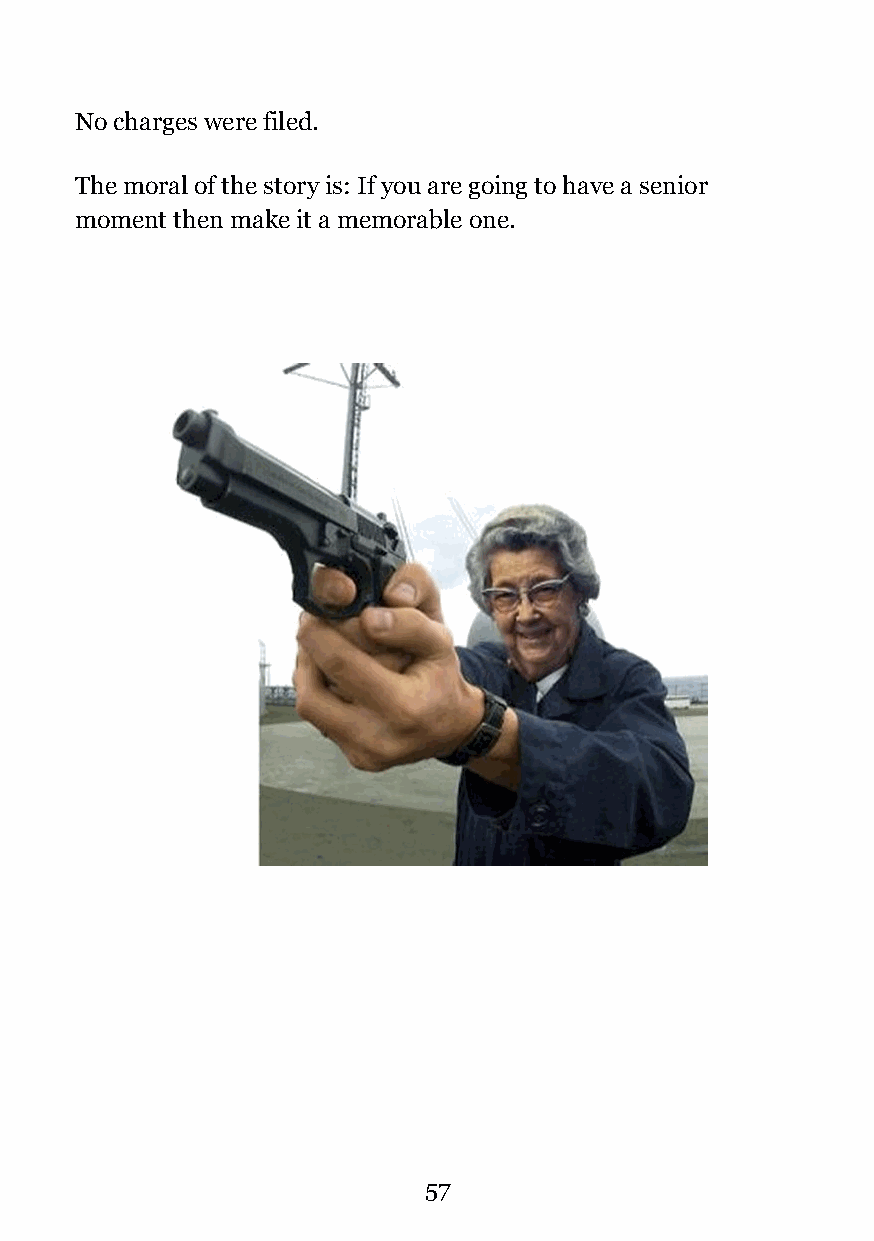
No charges were filed.
 The moral of the story is: If you are going to have a senior
 moment then make it a memorable one.
 !
 !57